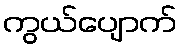
ကွယ်ပျောက်